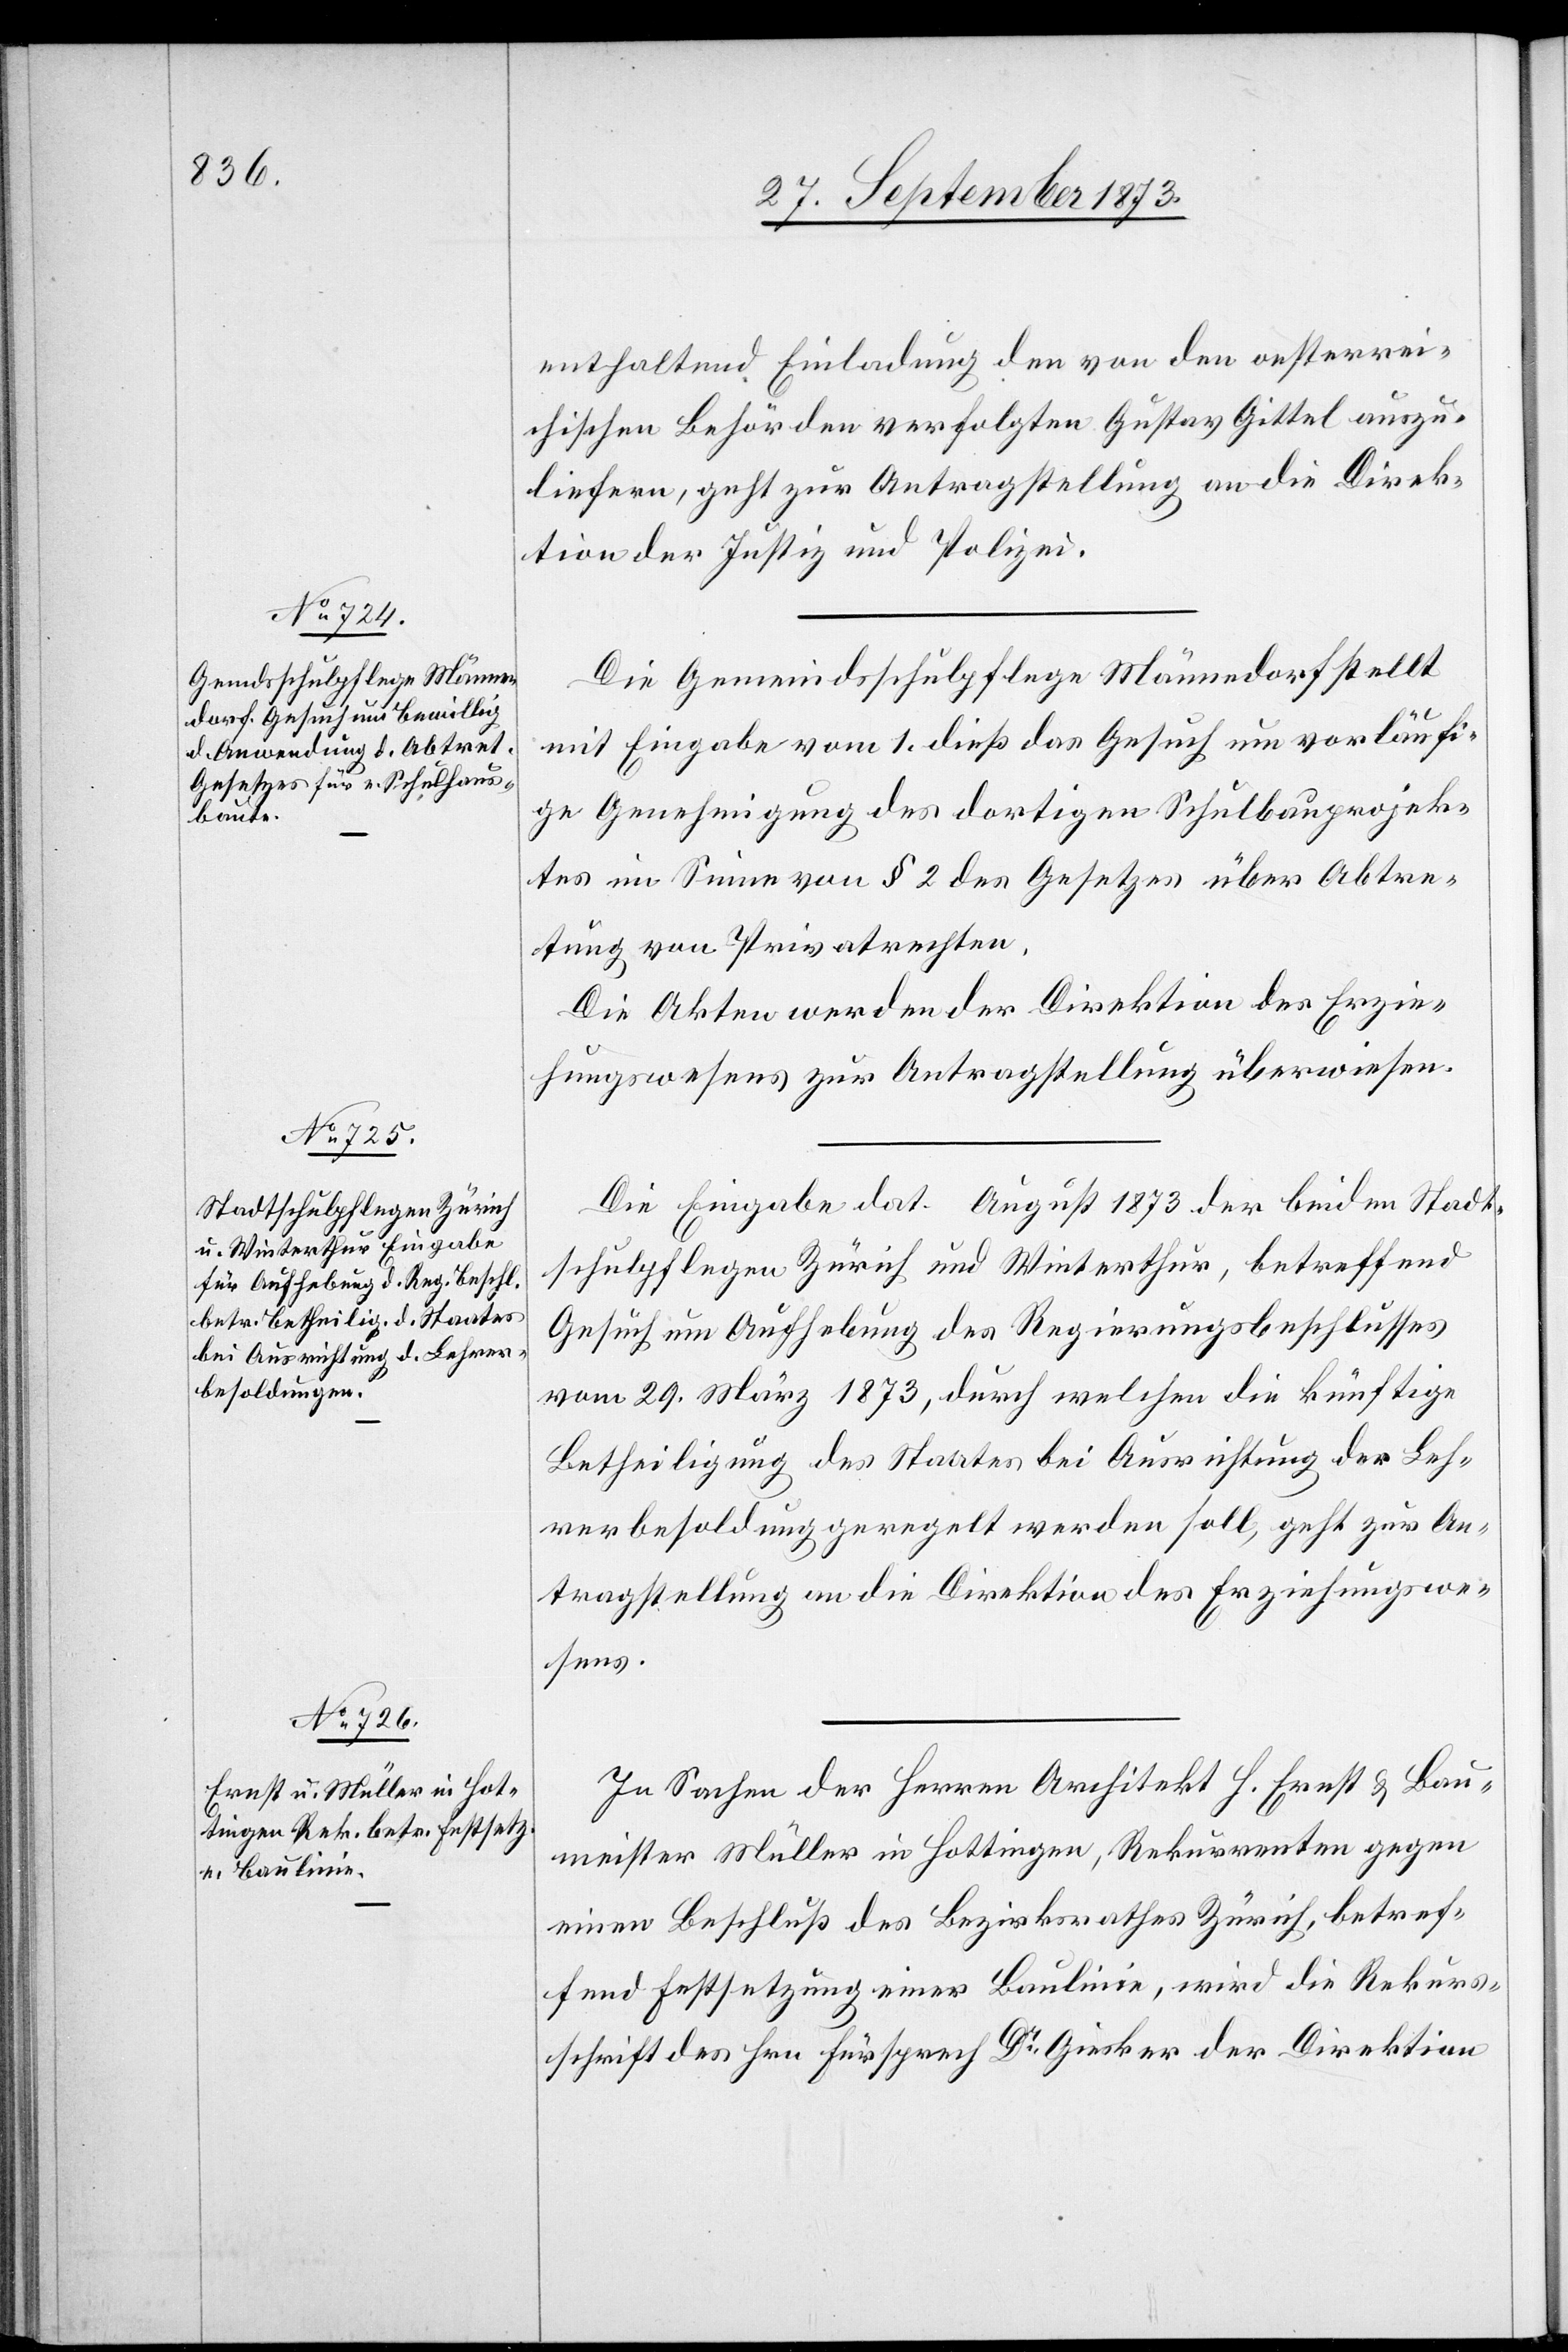
enthaltend Einladung den von den oesterrei¬
chischen Behörden verfolgten Gustav Gittel auszu¬
liefern, geht zur Antragstellung an die Direk¬
tion der Justiz und Polizei.
Die Gemeindsschulpflege Männedorf stellt
mit Eingabe vom 1. dieß das Gesuch um vorläufi¬
ge Genehmigung des dortigen Schulbauprojek¬
tes im Sinne von § 2 des Gesetzes über Abtre¬
tung von Privatrechten.
Die Akten werden der Direktion des Erzie¬
hungswesens zur Antragstellung überwiesen.
Die Eingabe dat. August 1873 der beiden Stadt¬
schulpflegen Zürich und Winterthur, betreffend
Gesuch um Aufhebung des Regierungsbeschlusses
vom 29. März 1873, durch welchen die künftige
Betheiligung des Staates bei Ausrichtung der Leh¬
rerbesoldung geregelt werden soll, geht zur An¬
tragstellung an die Direktion des Erziehungswe¬
sens.
In Sachen der Herren Architekt H. Ernst & Bau¬
meister Müller in Hottingen, Rekurrenten gegen
einen Beschluß des Bezirksrathes Zürich, betref¬
fend Festsetzung einer Baulinie, wird die Rekurs¬
schrift des Hrn Fürsprech Dr Giesker der Direktion